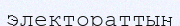
электораттың